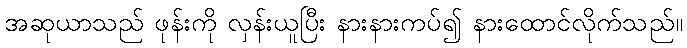
အဆုယာသည် ဖုန်းကို လှန်းယူပြီး နားနားကပ်၍ နားထောင်လိုက်သည်။